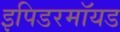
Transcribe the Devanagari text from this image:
इपिडरमॉयड